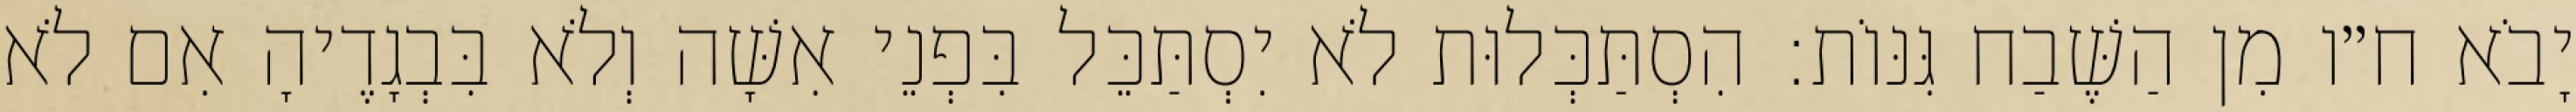
יָבֹא ח״ו מִן הַשֶּׁבַח גִּנּוֹת: הִסְתַּכְּלוּת לֹא יִסְתַּכֵּל בִּפְנֵי אִשָּׁה וְלֹא בִּבְגָדֶיהָ אִם לֹא